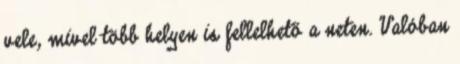
vele, mivel több helyen is fellelhető a neten. Valóban